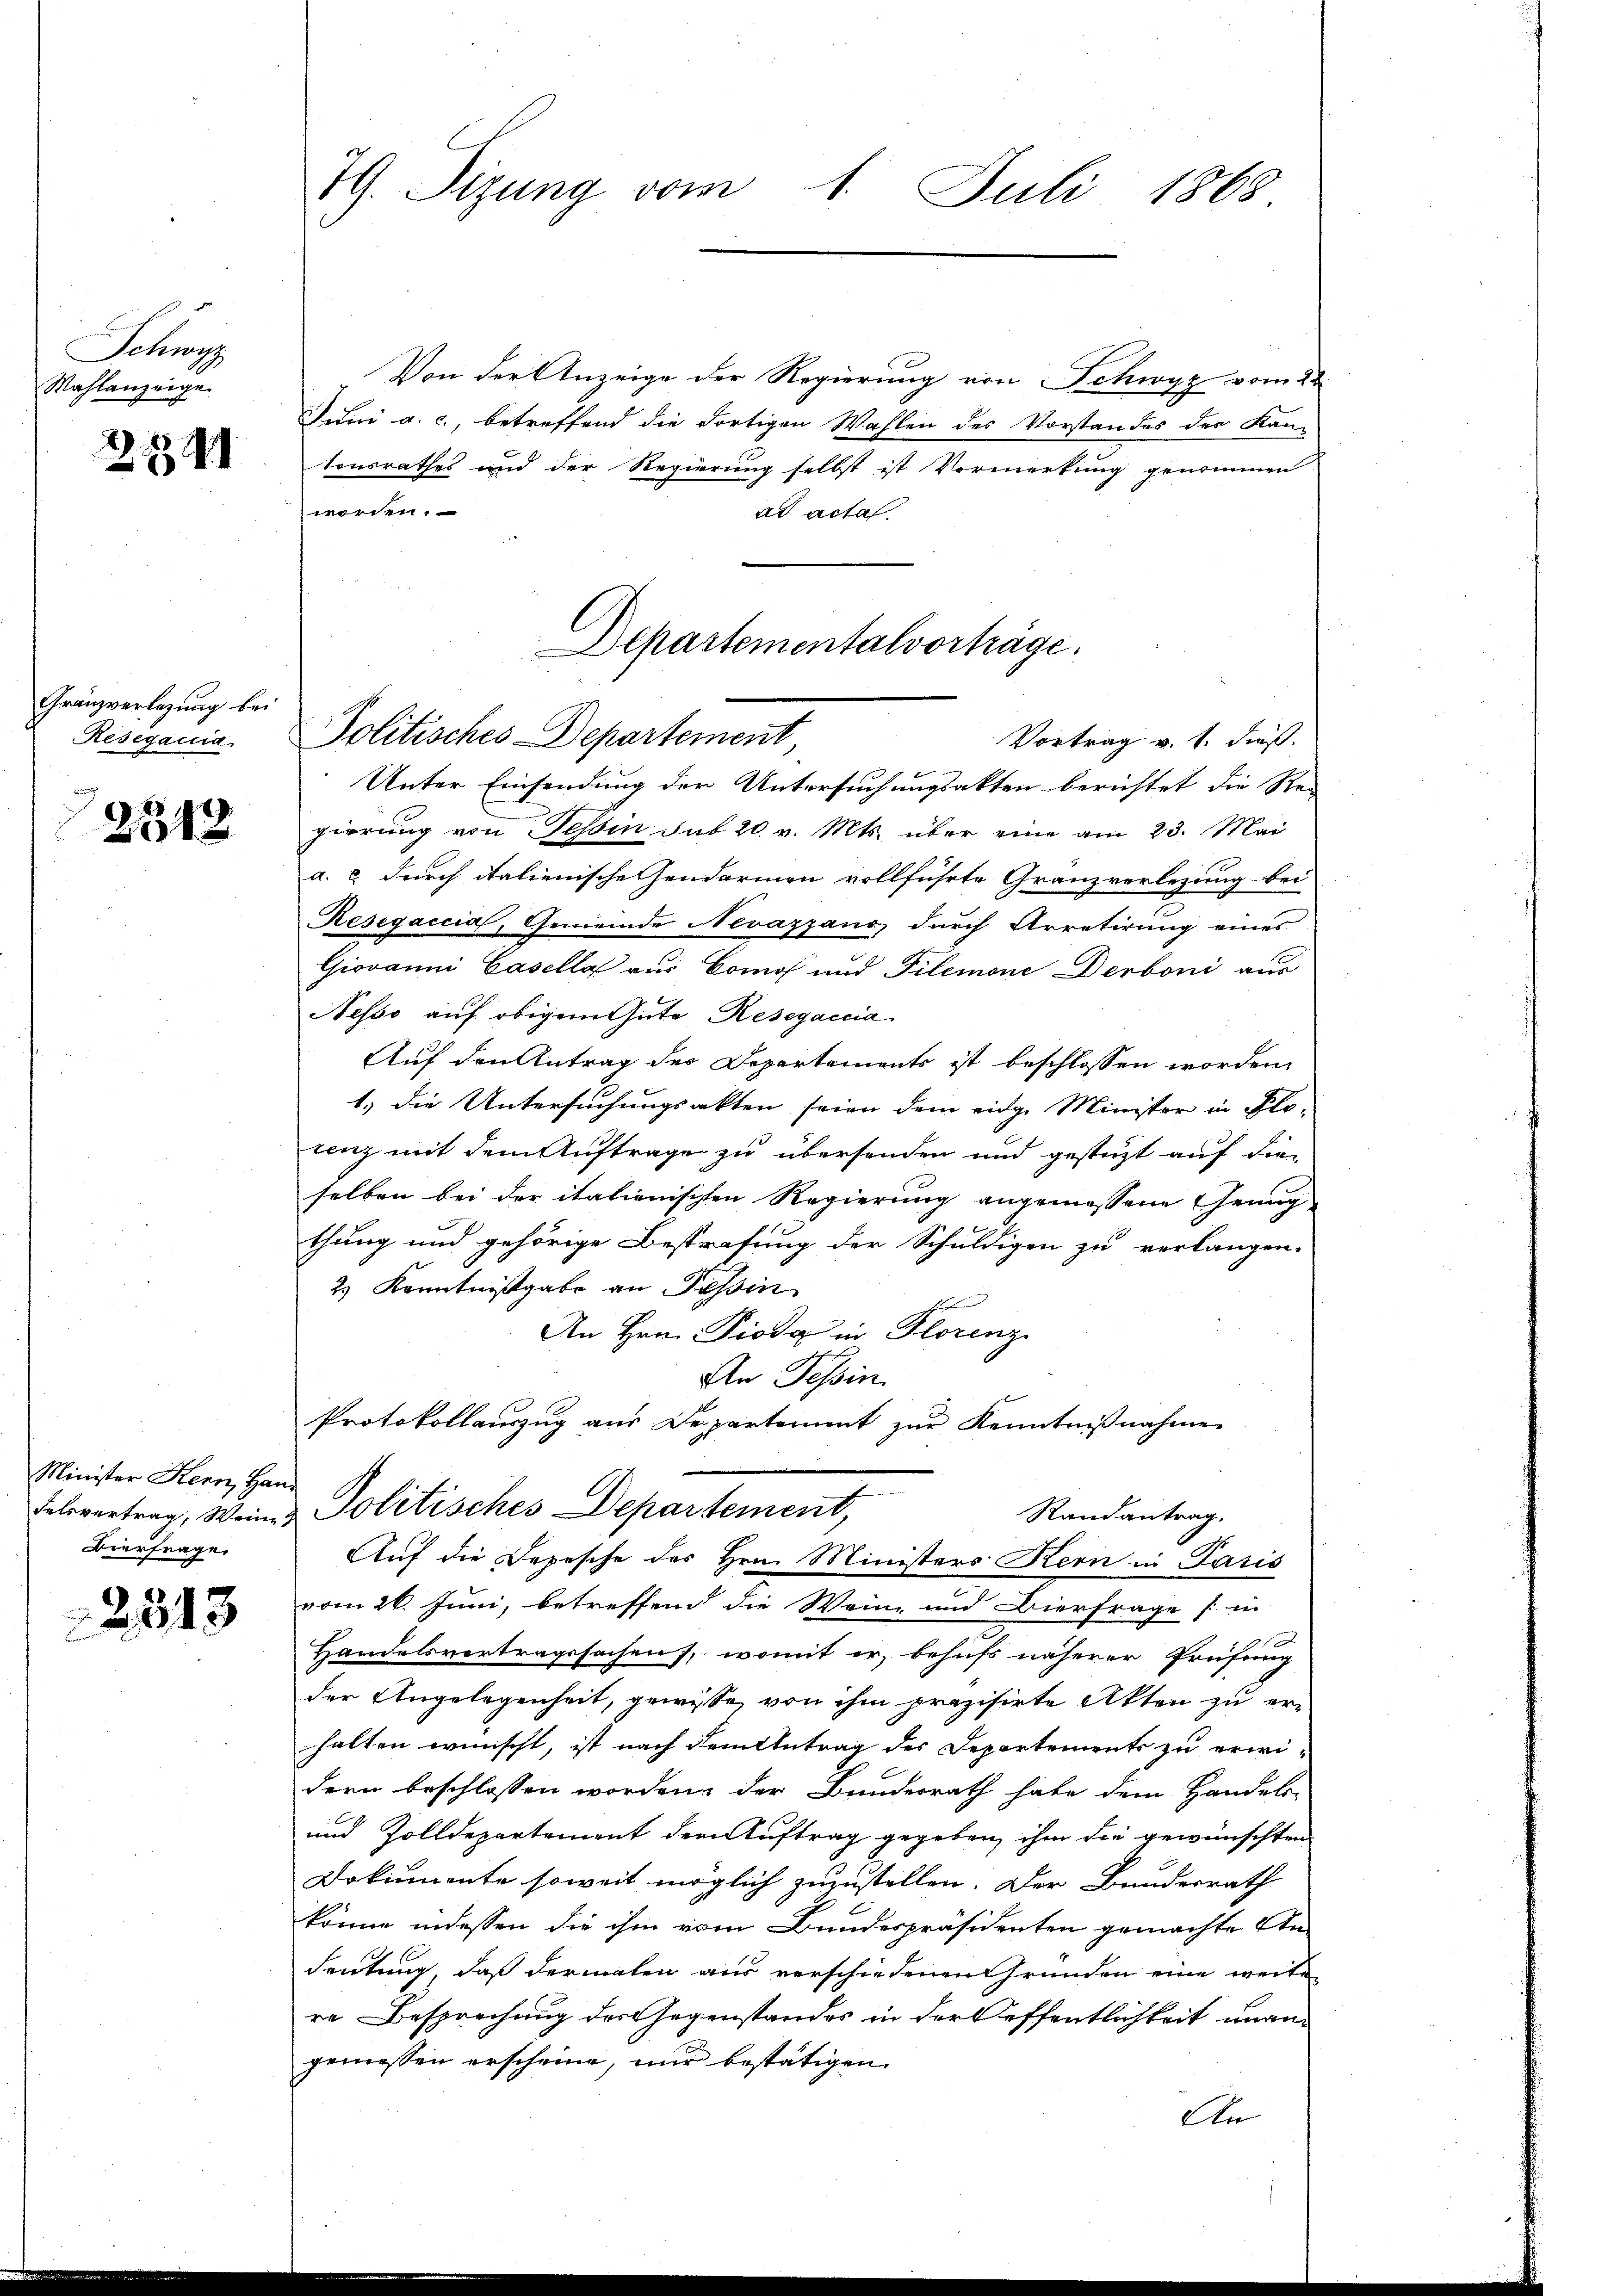
Schwyz
Wahlanzeige.

2 1891

Gränzverlegung bei
Resegaicia

2318

Minister Kern, Han
Felsvertrag, Weine
Bierfrage

2313

79. Sizung vom 1. Juli 1868

Von der Anzeige der Regierung von Schwyz vom 28
Juni a. c., betreffend die Fortigen Wahlen des Vorstandes der Kan-
tonsrathes und der Regierung selbst ist Vormerkung genommen
worden.
ad acta.
Unter Einsendung der Untersuchungsakten berichtet die Re-
gierung von Tessin sub 20. v. Mts. über eine am 23. Mai
a. c. durch italienische Gendarmen vollführte Granzverlegung bei
Resegaccia, Gemeinde Nevazzano durch Arretirung eines
Giovanni Casella aus Como und Tilemone Derboni aus
Nesso auf obigem Gute Resegaccia
Auf den Antrag der Departements ist beschlossen worden,
1.) die Untersuchungsakten seien dem eidg. Minister in Flo-
cenz mit dem Auftrage zu übersenden und gestüzt auf die-
selben bei der italienischen Regierung angemessene Genug
thung und gehörige Bestrafung der Schuldigen zu verlangen.
2) Kenntnißgabe an Tessin
2
An Hrn. Pioda in Florenz
An Tessin
Protokollauszug aus Departement zur Kenntnißnahme
Politisches Departement,
Randantrag.
Auf die Depesche des Hrn. Ministers Hern in Paris
vom 26. Juni, betreffend die Wein- und Bierfrage sin
Handelsvertragssachen, womit er, behufs näherer Prüfung
der Angelegenheit, gewisse, von ihm präzisirte Akten zu er-
halten wünscht, ist nach dem Antrag des Departements zu erwidern beschlossen worden, der Bundesrath habe dem Handels-
und Zolldepartement der Auftrag gegeben, ihm die gewünschten
Dokumente soweit möglich zuzustellen. Der Bundesrath
könne indessen die ihm vom Bundespräsidenten gemachte An-
deutung, daß dermalen aus verschiedenen Gründen eine weite
re Besprechung des Gegenstandes in der Oeffentlichkeit unangemessen erscheine, nur bestätigen
An

Departementalvorträge.
Politisches Departement,
Vortrag v. 1. dieß.